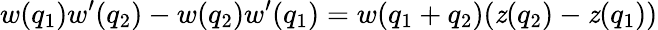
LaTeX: w(q_{1})w^{\prime}(q_{2})-w(q_{2})w^{\prime}(q_{1})=w(q_{1}+q_{2})(\mathit{z}(q_{2})-\mathit{z}(q_{1}))